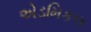
એડમિકલ